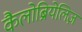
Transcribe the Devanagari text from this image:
कैलोब्रियेलिज़